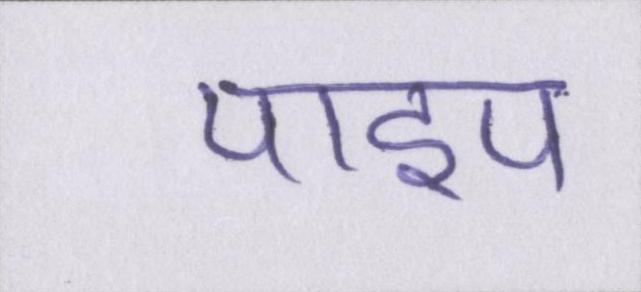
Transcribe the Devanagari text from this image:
पाइप